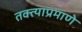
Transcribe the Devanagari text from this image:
तक्त्याप्रमाणे